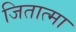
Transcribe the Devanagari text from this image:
जितात्मा